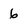
Character: 6